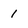
Character: i